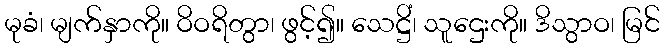
မုခံ၊ မျက်နှာကို။ ဝိဝရိတွာ၊ ဖွင့်၍။ သေဋ္ဌိံ၊ သူဌေးကို။ ဒိသွာဝ၊ မြင်